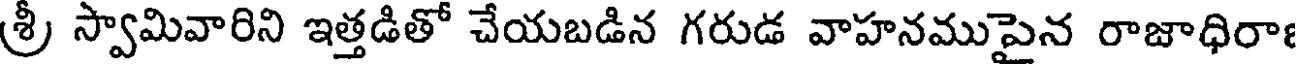
శ్రీ స్వామివారిని ఇత్తడితో చేయబడిన గరుడ వాహనముపైన రాజాధిరా